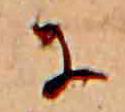
に